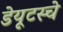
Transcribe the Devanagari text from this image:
डेयूटस्चे